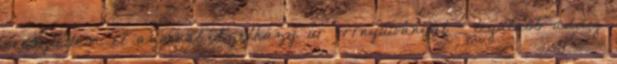
eresztettem el azonnal Szélházy úr orrnyúlványát - legalább addig